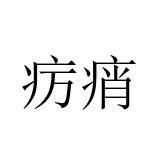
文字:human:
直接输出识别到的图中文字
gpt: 疠痟